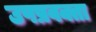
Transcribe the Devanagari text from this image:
उपप्रवक्ता